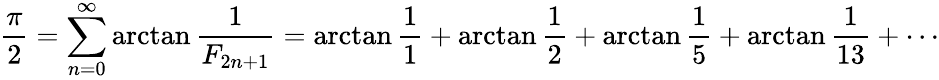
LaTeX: {\frac{\pi}{2}}=\sum_{n=0}^{\infty}\arctan{\frac{1}{F_{2n+1}}}=\arctan{\frac{1}{1}}+\arctan{\frac{1}{2}}+\arctan{\frac{1}{5}}+\arctan{\frac{1}{13}}+\cdots